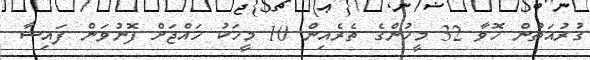
ގުރުއަތުން ހޮވާ 32 މީހުންގެ ތެރެއިން 10 މީހަކު ހައްޖަށް ފޮނުވަން ފައިސާ